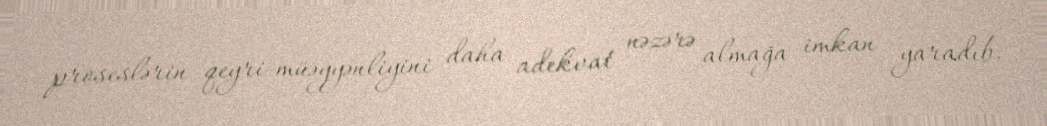
proseslərin qeyri-müəyyənliyini daha adekvat nəzərə almağa imkan yaradıb.